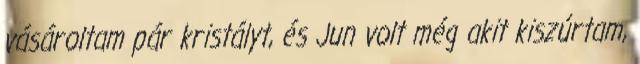
vásároltam pár kristályt, és Jun volt még akit kiszúrtam,